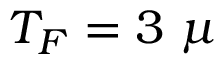
T _ { F } = 3 ~ \mu